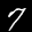
Label: 7